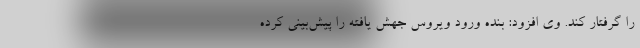
را گرفتار کند. وی افزود: بنده ورود ویروس جهش یافته را پیش‌بینی کرده